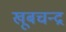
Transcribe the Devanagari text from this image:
खूबचन्द्र